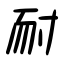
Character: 耐